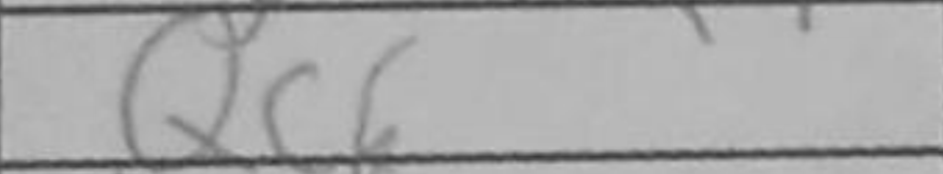
Transcription: Qc6